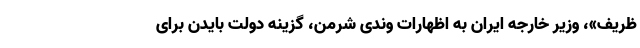
ظریف»، وزیر خارجه ایران به اظهارات وندی شرمن، گزینه دولت بایدن برای